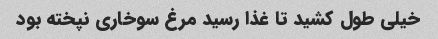
خیلی طول کشید تا غذا رسید مرغ سوخاری نپخته بود